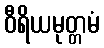
ဝီရိယမုတ္တမံ